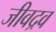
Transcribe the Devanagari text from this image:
जीवद्रव